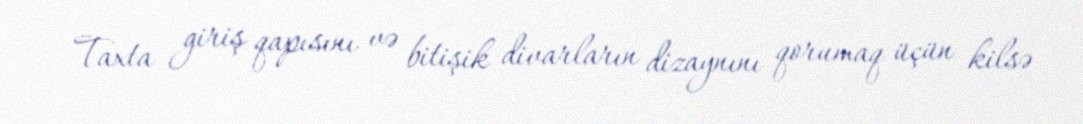
Taxta giriş qapısını və bitişik divarların dizaynını qorumaq üçün kilsə